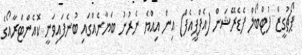
ޕޯޗުގީޒް ފުޓްބޯލް ފެޑެރޭޝަން (އެފްޕީއެފް) އިން އިއްޔެ ނެރުނު ބަޔާނެއްގައި ބުނެފައިވަނީ ކޮއެންޓްރާއޯގެ